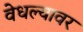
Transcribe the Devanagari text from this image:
वेधल्यावर